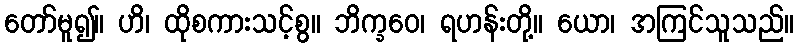
တော်မူ၍။ ဟိ၊ ထိုစကားသင့်စွ။ ဘိက္ခဝေ၊ ရဟန်းတို့။ ယော၊ အကြင်သူသည်။